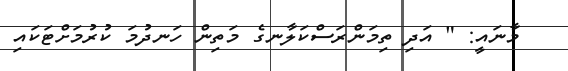
މާނައީ: " އަދި ތިމަންރަސްކަލާނގެ މަތިން ހަނދުމަ ކުރުމަށްޓަކައި